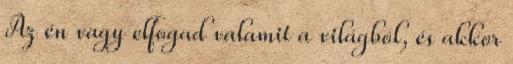
Az én vagy elfogad valamit a világból, és akkor